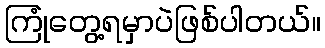
ကြုံတွေ့ရမှာပဲဖြစ်ပါတယ်။